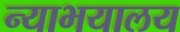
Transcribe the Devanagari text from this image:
न्याभयालय